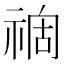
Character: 𥚟